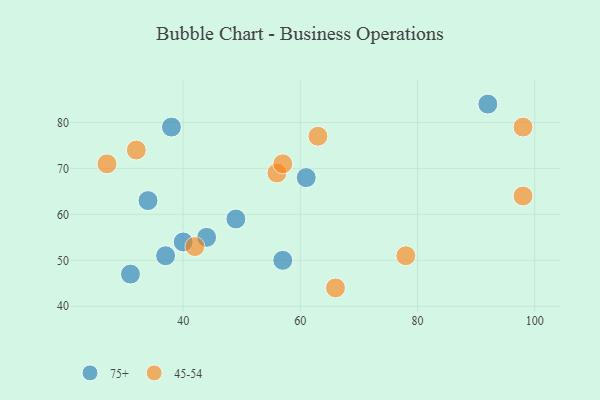
{"axis": {"x": "GDP", "y": "Life Expectancy"}, "legend": ["45-54", "75+"], "data": [{"x": "92", "y": 84, "type": "75+"}, {"x": "40", "y": 54, "type": "75+"}, {"x": "44", "y": 55, "type": "75+"}, {"x": "49", "y": 59, "type": "75+"}, {"x": "31", "y": 47, "type": "75+"}, {"x": "57", "y": 50, "type": "75+"}, {"x": "38", "y": 79, "type": "75+"}, {"x": "37", "y": 51, "type": "75+"}, {"x": "61", "y": 68, "type": "75+"}, {"x": "34", "y": 63, "type": "75+"}, {"x": "56", "y": 69, "type": "45-54"}, {"x": "63", "y": 77, "type": "45-54"}, {"x": "32", "y": 74, "type": "45-54"}, {"x": "98", "y": 64, "type": "45-54"}, {"x": "98", "y": 79, "type": "45-54"}, {"x": "66", "y": 44, "type": "45-54"}, {"x": "27", "y": 71, "type": "45-54"}, {"x": "57", "y": 71, "type": "45-54"}, {"x": "78", "y": 51, "type": "45-54"}, {"x": "42", "y": 53, "type": "45-54"}]}